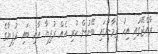
ރާއްޖޭގައި އިހު ޒަމާނުގައި ބޭނުން ކުރި އެއް ރުފިޔާ އާއި ބައި ރުފިޔާގެ